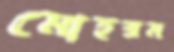
মোহরম